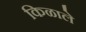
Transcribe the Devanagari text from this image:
किळाले